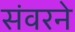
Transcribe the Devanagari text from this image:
संवरने